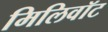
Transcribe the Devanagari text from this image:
मिलिवॉट